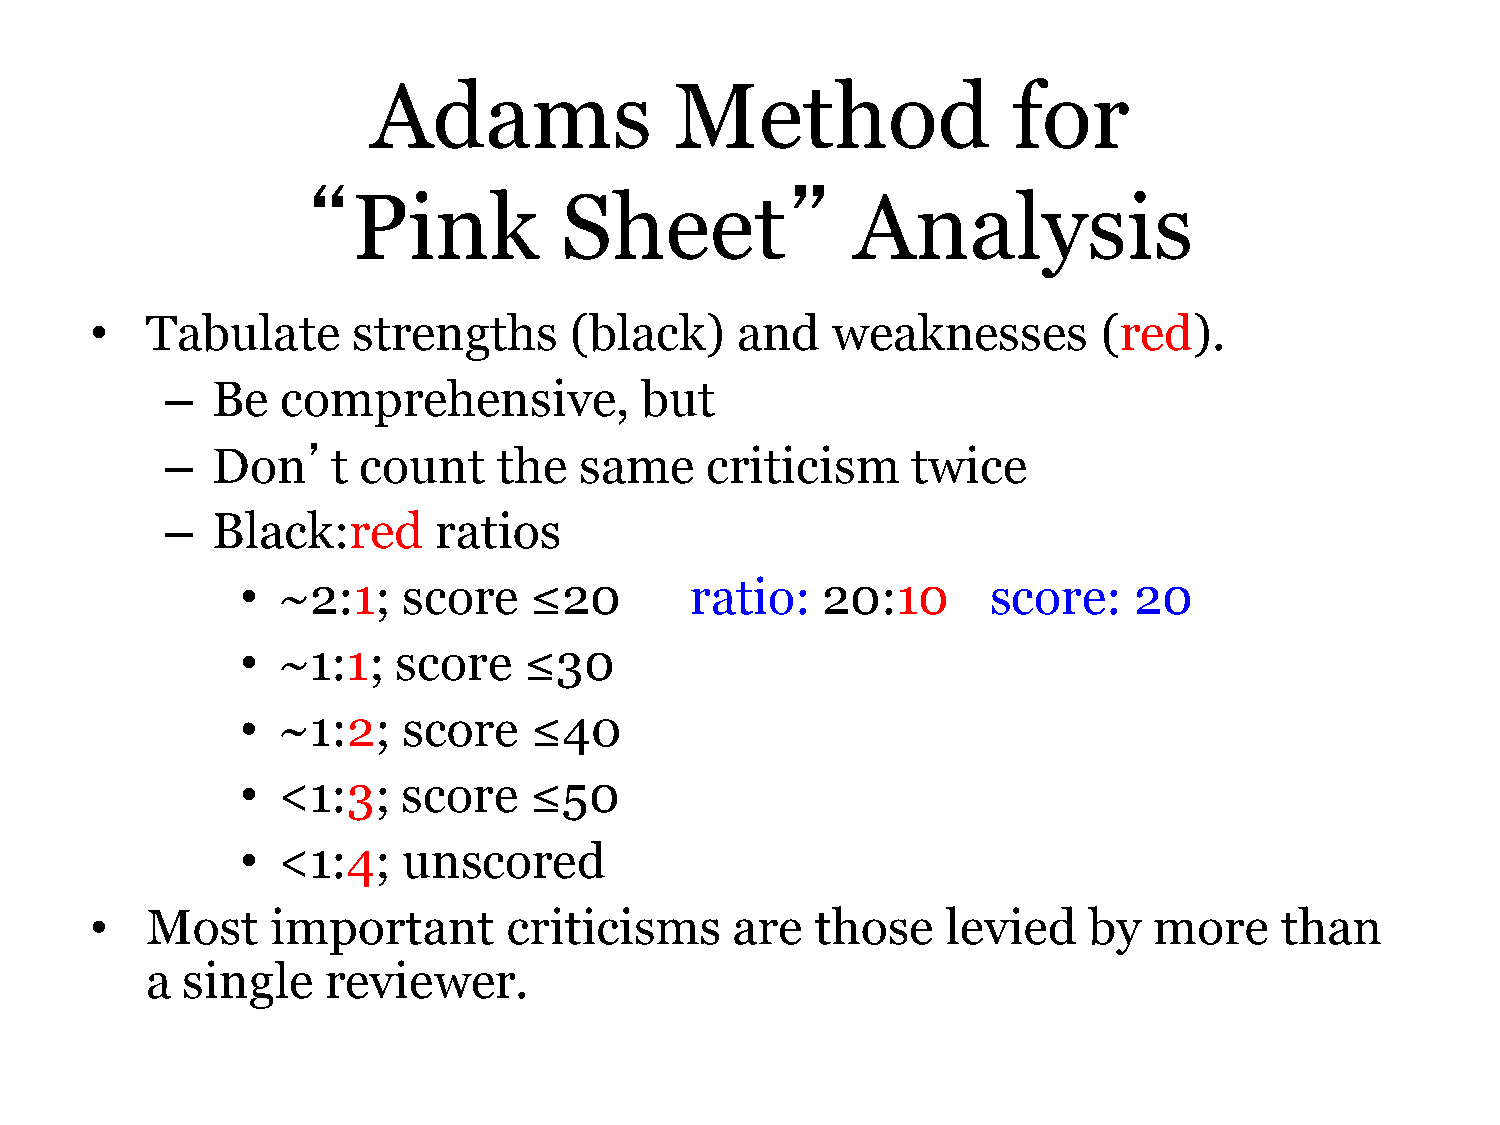
Adams               Method                for
 “                               ”
 Pink          Sheet               Analysis
 •   Tabulate     strengths      (black)    and   weaknesses        (red).
 –  Be   comprehensive,         but
 –  Don’t     count    the  same     criticism    twice
 –  Black:red      ratios
 • ~2:1;    score   ≤20        ratio:  20:10       score:   20
 • ~1:1;   score    ≤30
 • ~1:2;    score   ≤40
 • <1:3;    score   ≤50
 • <1:4;    unscored
 •   Most    important       criticisms    are   those    levied   by  more     than
 a single    reviewer.